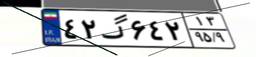
۴۲گ۶۴۲۱۳